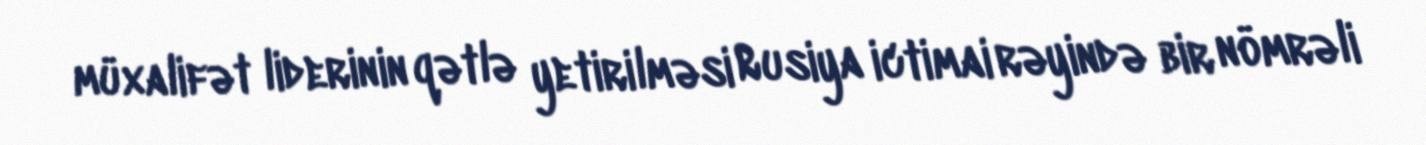
müxalifət liderinin qətlə yetirilməsi Rusiya ictimai rəyində bir nömrəli